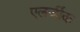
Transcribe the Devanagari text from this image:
एलर्जीक